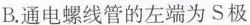
B.通电螺线管的左端为S极